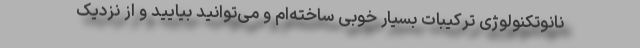
نانوتکنولوژی ترکیبات بسیار خوبی ساخته‌ام و می‌توانید بیایید و از نزدیک